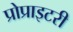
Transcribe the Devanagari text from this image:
प्रोप्राइटरी